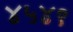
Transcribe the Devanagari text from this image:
४५४९